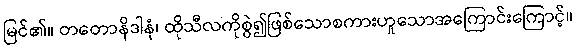
မြင်၏။ တတောနိဒါနံ၊ ထိုသီလကိုစွဲ၍ဖြစ်သောစကားဟူသောအကြောင်းကြောင့်။